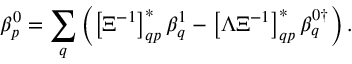
\beta _ { p } ^ { 0 } = \sum _ { q } \left( \left[ \Xi ^ { - 1 } \right] _ { q p } ^ { * } \beta _ { q } ^ { 1 } - \left[ \Lambda \Xi ^ { - 1 } \right] _ { q p } ^ { * } \beta _ { q } ^ { 0 \dag } \right) .